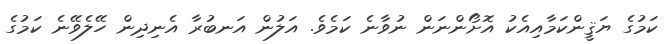
ކަމުގެ ޔަޤީންކަމާއިއެކު އޮށޯންނަން ނުވާނެ ކަމެވެ. އަލުން އަނބުރާ އެނިދިން ހޭލެވޭނެ ކަމުގެ